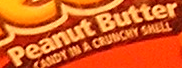
Peanut Butter